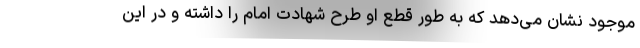
موجود نشان می‌دهد که به طور قطع او طرح شهادت امام را داشته و در این